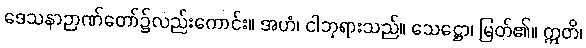
ဒေသနာဉာဏ်တော်၌လည်းကောင်း။ အဟံ၊ ငါဘုရားသည်။ သေဋ္ဌော၊ မြတ်၏။ ဣတိ၊